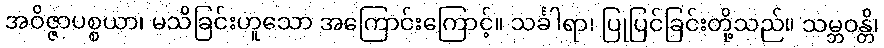
အဝိဇ္ဇာပစ္စယာ၊ မသိခြင်းဟူသော အကြောင်းကြောင့်။ သင်္ခါရာ၊ ပြုပြင်ခြင်းတို့သည်။ သမ္ဘဝန္တိ၊